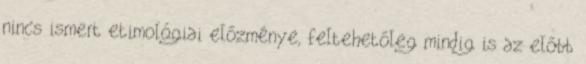
nincs ismert etimológiai előzménye, feltehetőleg mindig is az előbb